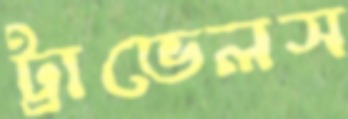
ট্রাভেলস